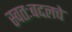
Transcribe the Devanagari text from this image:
स्वतःबद्दलचे